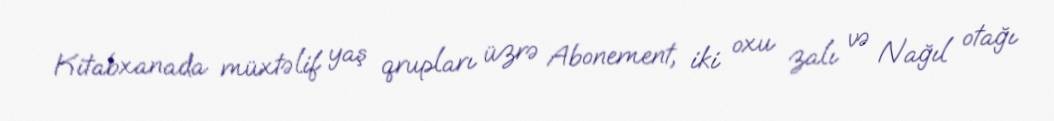
Kitabxanada müxtəlif yaş qrupları üzrə Abonement, iki oxu zalı və Nağıl otağı